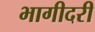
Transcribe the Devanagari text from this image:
भागीदरी